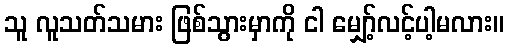
သူ လူသတ်သမား ဖြစ်သွားမှာကို ငါ မျှော့်လင့်ပါ့မလား။